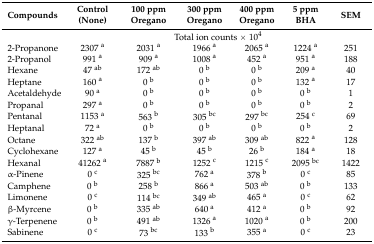
<table><thead><tr><td><b>Compounds</b></td><td><b>Control (None)</b></td><td><b>100 ppm Oregano</b></td><td><b>300 ppm Oregano</b></td><td><b>400 ppm Oregano</b></td><td><b>5 ppm BHA</b></td><td><b>SEM</b></td></tr></thead><tbody><tr><td>[EMPTY_CELL]</td><td colspan="6">Total ion counts × 10<sup>4</sup></td></tr><tr><td>2-Propanone</td><td>2307 <sup>a</sup></td><td>2031 <sup>a</sup></td><td>1966 <sup>a</sup></td><td>2065 <sup>a</sup></td><td>1224 <sup>a</sup></td><td>251</td></tr><tr><td>2-Propanol</td><td>991 <sup>a</sup></td><td>909 <sup>a</sup></td><td>1008 <sup>a</sup></td><td>452 <sup>a</sup></td><td>951 <sup>a</sup></td><td>188</td></tr><tr><td>Hexane</td><td>47 <sup>ab</sup></td><td>172 <sup>ab</sup></td><td>0 <sup>b</sup></td><td>0 <sup>b</sup></td><td>209 <sup>a</sup></td><td>40</td></tr><tr><td>Heptane</td><td>160 <sup>a</sup></td><td>0 <sup>b</sup></td><td>0 <sup>b</sup></td><td>0 <sup>b</sup></td><td>132 <sup>a</sup></td><td>17</td></tr><tr><td>Acetaldehyde</td><td>90 <sup>a</sup></td><td>0 <sup>b</sup></td><td>0 <sup>b</sup></td><td>0 <sup>b</sup></td><td>0 <sup>b</sup></td><td>1</td></tr><tr><td>Propanal</td><td>297 <sup>a</sup></td><td>0 <sup>b</sup></td><td>0 <sup>b</sup></td><td>0 <sup>b</sup></td><td>0 <sup>b</sup></td><td>2</td></tr><tr><td>Pentanal</td><td>1153 <sup>a</sup></td><td>563 <sup>b</sup></td><td>305 <sup>bc</sup></td><td>297 <sup>bc</sup></td><td>254 <sup>c</sup></td><td>69</td></tr><tr><td>Heptanal</td><td>72 <sup>a</sup></td><td>0 <sup>b</sup></td><td>0 <sup>b</sup></td><td>0 <sup>b</sup></td><td>0 <sup>b</sup></td><td>2</td></tr><tr><td>Octane</td><td>322 <sup>ab</sup></td><td>137 <sup>b</sup></td><td>397 <sup>ab</sup></td><td>309 <sup>ab</sup></td><td>822 <sup>a</sup></td><td>128</td></tr><tr><td>Cyclohexane</td><td>127 <sup>a</sup></td><td>45 <sup>b</sup></td><td>45 <sup>b</sup></td><td>26 <sup>b</sup></td><td>184 <sup>a</sup></td><td>18</td></tr><tr><td>Hexanal</td><td>41262 <sup>a</sup></td><td>7887 <sup>b</sup></td><td>1252 <sup>c</sup></td><td>1215 <sup>c</sup></td><td>2095 <sup>bc</sup></td><td>1422</td></tr><tr><td>α-Pinene</td><td>0 <sup>c</sup></td><td>325 <sup>bc</sup></td><td>762 <sup>a</sup></td><td>378 <sup>b</sup></td><td>0 <sup>c</sup></td><td>85</td></tr><tr><td>Camphene</td><td>0 <sup>b</sup></td><td>258 <sup>b</sup></td><td>866 <sup>a</sup></td><td>503 <sup>ab</sup></td><td>0 <sup>b</sup></td><td>133</td></tr><tr><td>Limonene</td><td>0 <sup>c</sup></td><td>114 <sup>bc</sup></td><td>349 <sup>ab</sup></td><td>465 <sup>a</sup></td><td>0 <sup>c</sup></td><td>62</td></tr><tr><td>β-Myrcene</td><td>0 <sup>b</sup></td><td>335 <sup>ab</sup></td><td>640 <sup>a</sup></td><td>412 <sup>a</sup></td><td>0 <sup>b</sup></td><td>92</td></tr><tr><td>γ-Terpenene</td><td>0 <sup>b</sup></td><td>491 <sup>ab</sup></td><td>1326 <sup>a</sup></td><td>1020 <sup>a</sup></td><td>0 <sup>b</sup></td><td>200</td></tr><tr><td>Sabinene</td><td>0 <sup>c</sup></td><td>73 <sup>bc</sup></td><td>133 <sup>b</sup></td><td>355 <sup>a</sup></td><td>0 <sup>c</sup></td><td>23</td></tr></tbody></table>